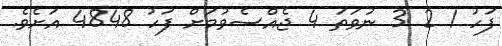
ފަހު 1 2 3 ނުވަތަ 4 ޖެއްސެވުމަށް ފަހު 4848 އަށެވެ.